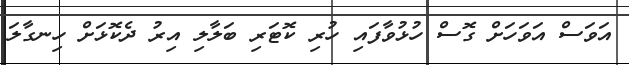
އަވަސް އަވަހަށް ގޮސް ހުޅުވާފައި ހުރި ކޮޓަރި ބަލާލި އިރު ދެކޮޅަށް ހިނގާލަ